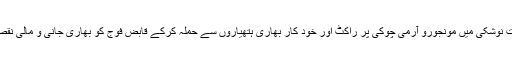
پیر کی رات نوشکی میں مونجورو آرمی چوکی پر راکٹ اور خود کار بھاری ہتھیاروں سے حملہ کرکے قابض فوج کو بھاری جانی و مالی نقصان پہنچایا۔